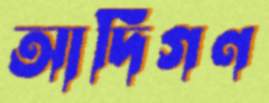
আদিগণ